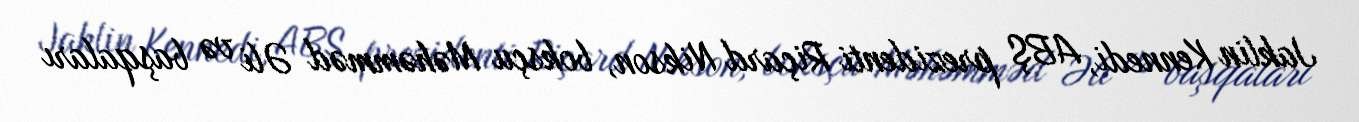
Jaklin Kennedi, ABŞ prezidenti Riçard Nikson, boksçu Məhəmməd Əli və başqaları